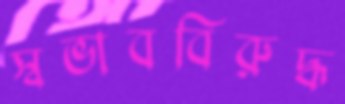
স্বভাববিরুদ্ধ